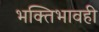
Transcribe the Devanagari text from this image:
भक्तिभावही